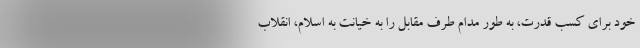
خود برای کسب قدرت، به طور مدام طرف مقابل را به خیانت به اسلام، انقلاب